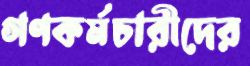
গণকর্মচারীদের